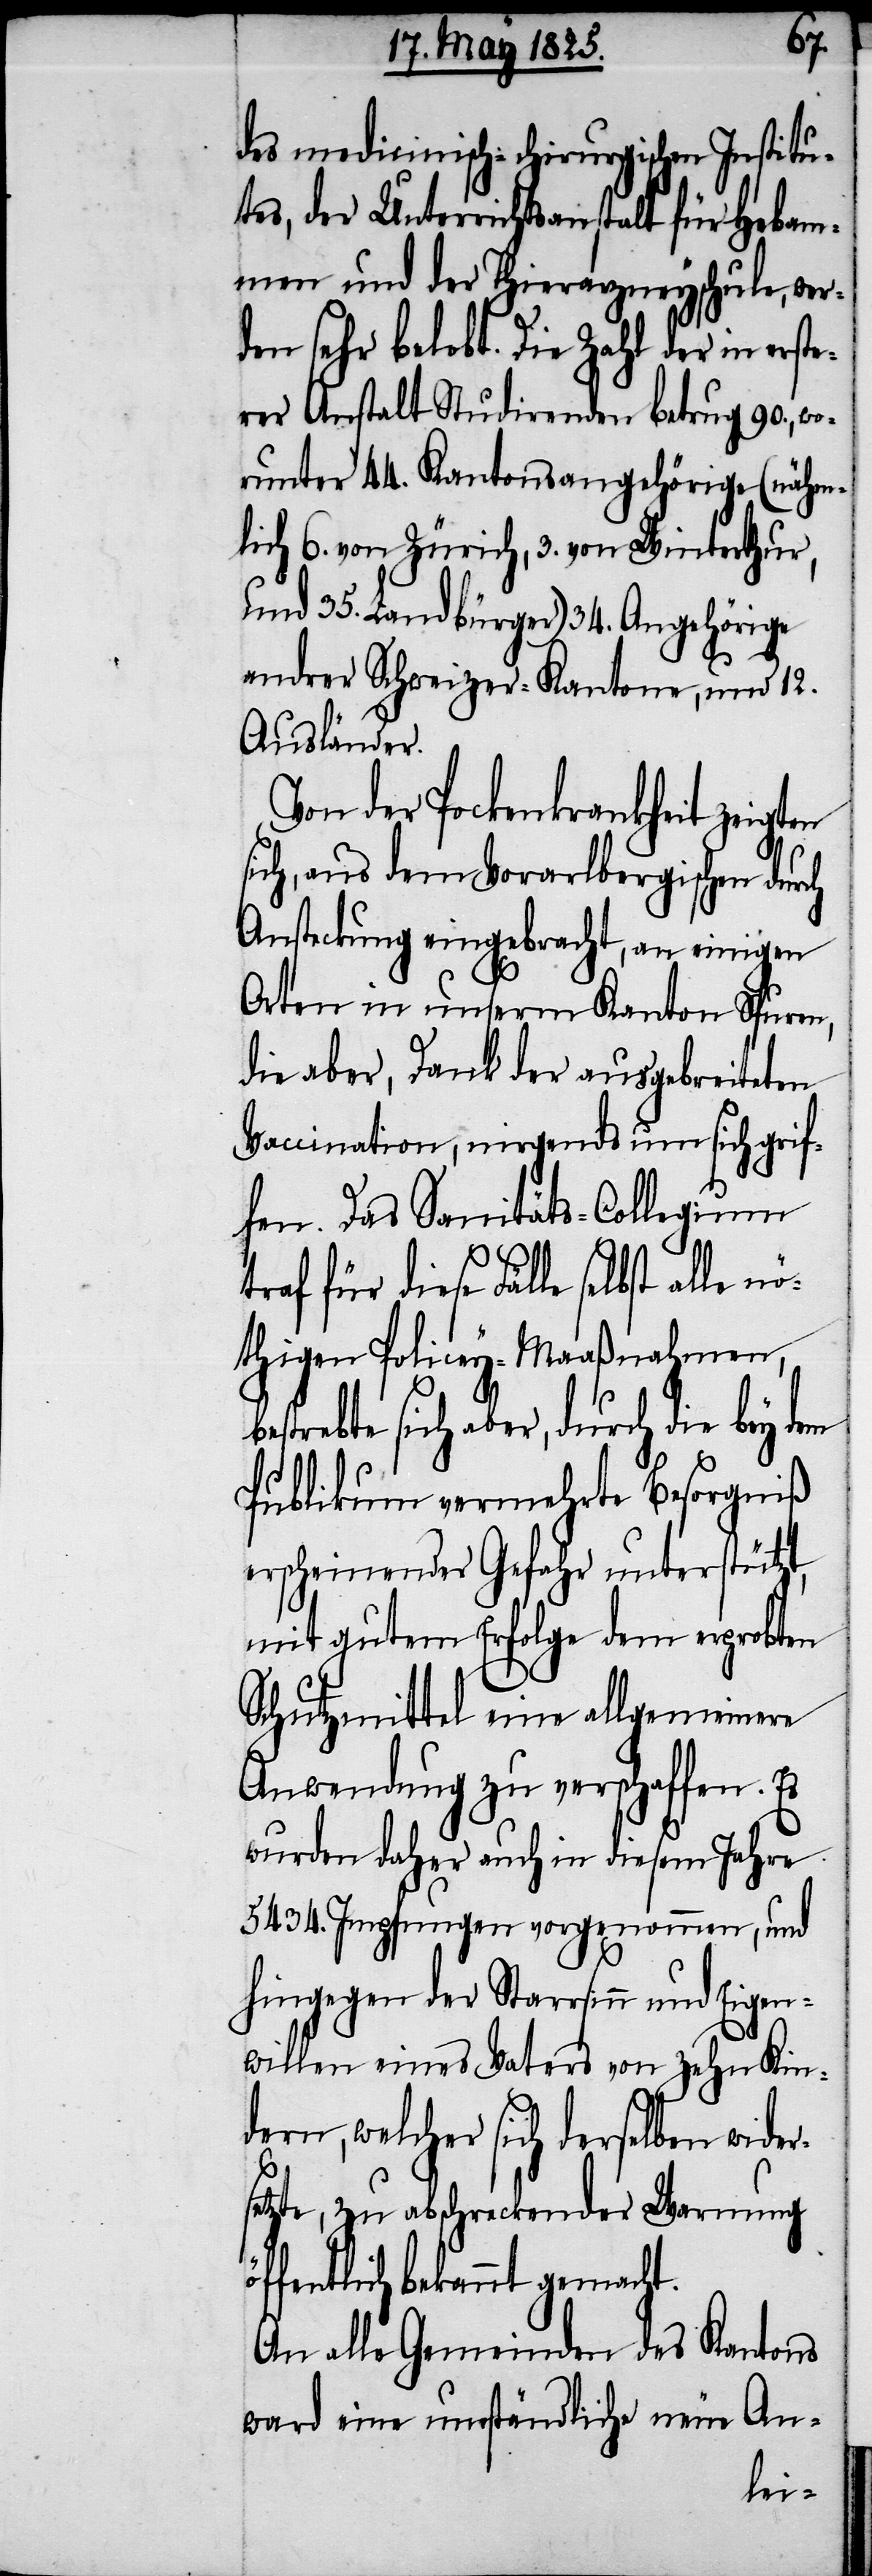
öf¬
des medicinisch-chirurgischen Institu¬
tes, der Unterrichtsanstalt für Hebam¬
men und der Thierarzneyschule, wer¬
den sehr belobt. Die Zahl der in erst¬
erer Anstalt Studirenden betrug 90., wo¬
runter 44. Kantonsangehörige (nähm¬
lich 6. von Zürich, 3. von Winterthur,
und 35. Landbürger) 34. Angehörige
andrer Schweizer-Kantone, und 12.
Ausländer.
Von der Pockenkrankheit zeigten
sich, aus dem Vorarlbergischen durch
Ansteckung eingebracht, an einigen
Orten in unserm Kanton Spuren,
die aber, Dank der ausgebreiteten
Vaccination, nirgends um sich grif¬
fen. Das Sanitäts-Collegium
traf für diese Fälle selbst
nöthigen Policey-Maßnahmen,
estrebte sich aber, durch die bey
Publikum vermehrte Besorgniß
erscheinender Gefahr unterstütz¬
mit gutem Erfolge dem erprobten
Schutzmittel eine allgemeinere
Anwendung zu verschaffen. Es
wurden daher auch in diesem Jahre
5434. Impfungen vorgenommen, und
hingegen der Starrsinn und Eigen¬
willen eines Vaters von zehn Kin¬
dern, welcher sich derselben wide¬
etzte, zu abschreckender Warnung
fentlich bekannt gemacht.
An alle Gemeinden des Kantons
ward eine umständliche neue An-